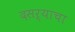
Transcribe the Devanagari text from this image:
दसऱ्याचा